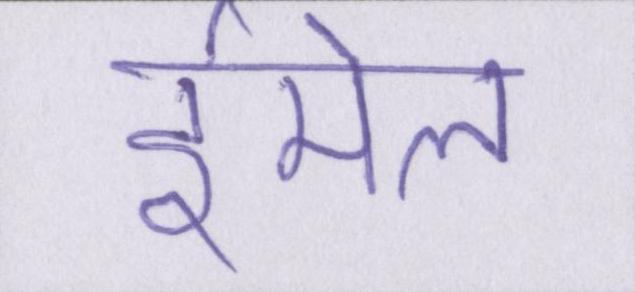
ईमेल